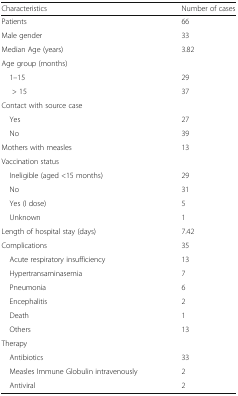
| Characteristics | Number of cases |
 | --- | --- |
 | Patients | 66 |
 | Male gender | 33 |
 | Median Age (years) | 3.82 |
 | <COLSPAN=2> Age group (months) |
 | 1–15 | 29 |
 | > 15 | 37 |
 | <COLSPAN=2> Contact with source case |
 | Yes | 27 |
 | No | 39 |
 | Mothers with measles | 13 |
 | <COLSPAN=2> Vaccination status |
 | Ineligible (aged <15 months) | 29 |
 | No | 31 |
 | Yes (I dose) | 5 |
 | Unknown | 1 |
 | Length of hospital stay (days) | 7.42 |
 | Complications | 35 |
 | Acute respiratory insufficiency | 13 |
 | Hypertransaminasemia | 7 |
 | Pneumonia | 6 |
 | Encephalitis | 2 |
 | Death | 1 |
 | Others | 13 |
 | <COLSPAN=2> Therapy |
 | Antibiotics | 33 |
 | Measles Immune Globulin intravenously | 2 |
 | Antiviral | 2 |